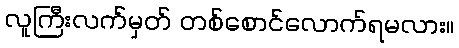
လူကြီးလက်မှတ် တစ်စောင်လောက်ရမလား။